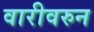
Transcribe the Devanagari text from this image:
वारीवरुन